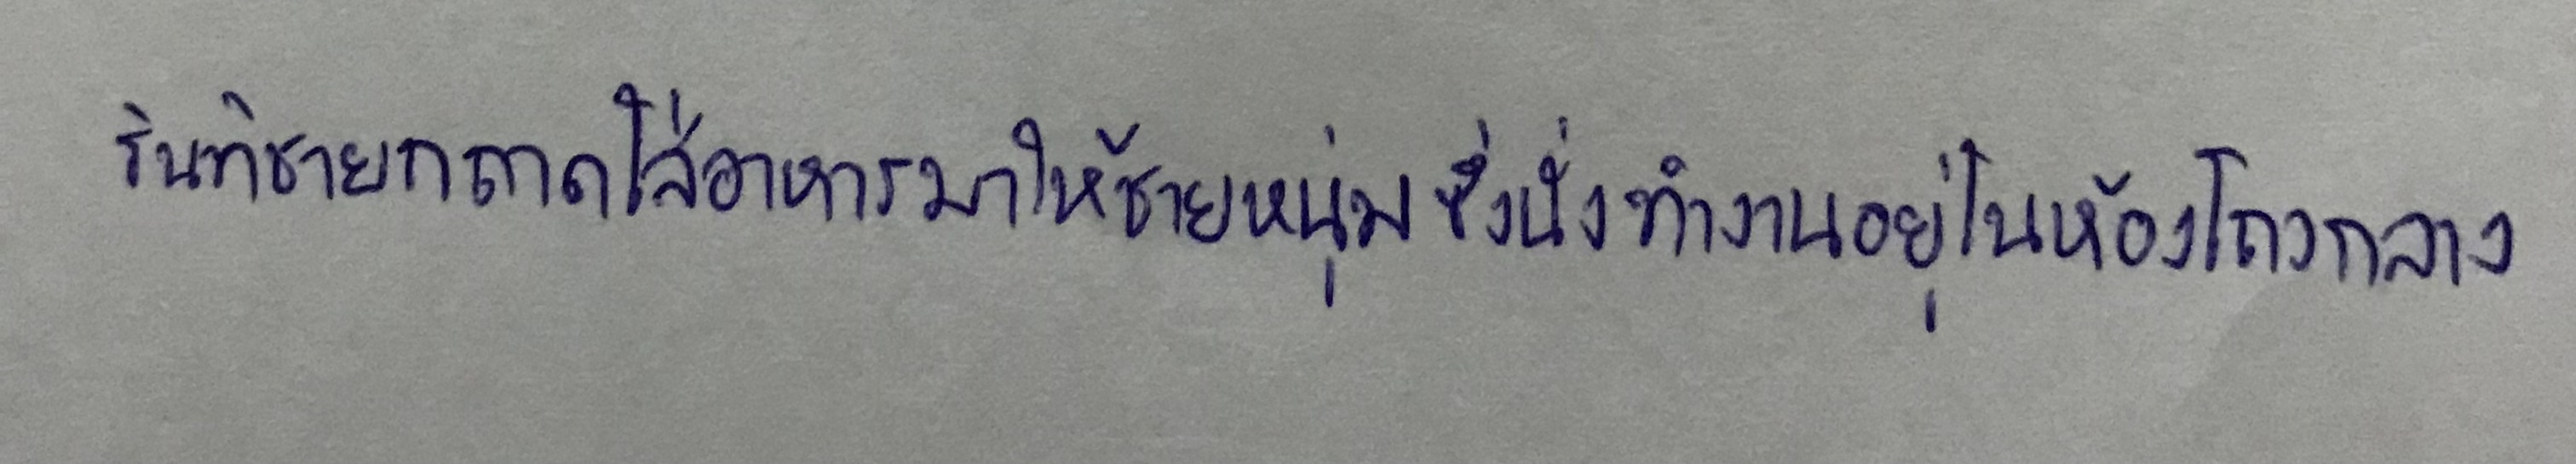
รินทิชายกถาดใส่อาหารมาให้ชายหนุ่มซึ่งนั่งทำงานอยู่ในห้องโถงกลาง